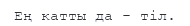
Ең катты да - тіл.